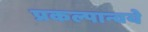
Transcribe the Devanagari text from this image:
प्रकल्पान्वये